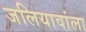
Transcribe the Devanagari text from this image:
जलियावांला